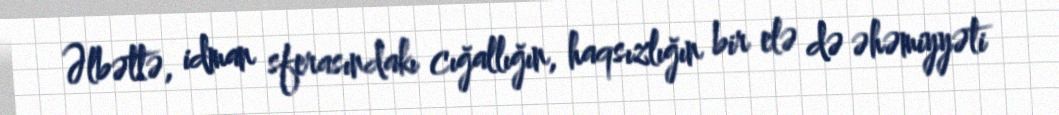
Əlbəttə, idman sferasındakı cığallığın, haqsızlığın bir elə də əhəmiyyəti